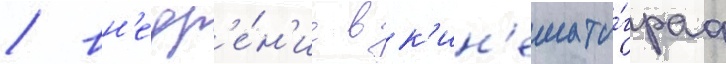
/ вн'едр'е́н'ие в к'ин'емато́граф